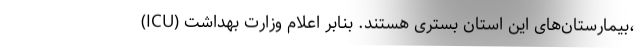
(ICU) بیمارستان‌های این استان بستری هستند. بنابر اعلام وزارت بهداشت،